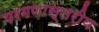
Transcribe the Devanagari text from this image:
परगणास्तरीय